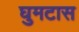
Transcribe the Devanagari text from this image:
घुमटास